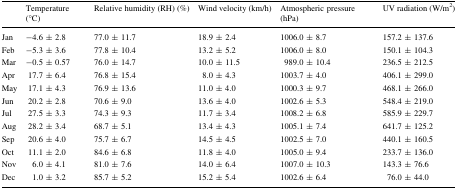
<table><thead><tr><td></td><td><b>Temperature (°C)</b></td><td><b>Relative humidity (RH) (%)</b></td><td><b>Wind velocity (km/h)</b></td><td><b>Atmospheric pressure (hPa)</b></td><td><b>UV radiation (W/m<sup>2</sup>)</b></td></tr></thead><tbody><tr><td>Jan</td><td>−4.6 ± 2.8</td><td>77.0 ± 11.7</td><td>18.9 ± 2.4</td><td>1006.0 ± 8.7</td><td>157.2 ± 137.6</td></tr><tr><td>Feb</td><td>−5.3 ± 3.6</td><td>77.8 ± 10.4</td><td>13.2 ± 5.2</td><td>1006.0 ± 8.0</td><td>150.1 ± 104.3</td></tr><tr><td>Mar</td><td>−0.5 ± 0.57</td><td>76.0 ± 14.7</td><td>10.0 ± 11.5</td><td>989.0 ± 10.4</td><td>236.5 ± 212.5</td></tr><tr><td>Apr</td><td>17.7 ± 6.4</td><td>76.8 ± 15.4</td><td>8.0 ± 4.3</td><td>1003.7 ± 4.0</td><td>406.1 ± 299.0</td></tr><tr><td>May</td><td>17.1 ± 4.3</td><td>76.9 ± 13.6</td><td>11.0 ± 4.0</td><td>1000.3 ± 9.7</td><td>468.1 ± 266.0</td></tr><tr><td>Jun</td><td>20.2 ± 2.8</td><td>70.6 ± 9.0</td><td>13.6 ± 4.0</td><td>1002.6 ± 5.3</td><td>548.4 ± 219.0</td></tr><tr><td>Jul</td><td>27.5 ± 3.3</td><td>74.3 ± 9.3</td><td>11.7 ± 3.4</td><td>1008.2 ± 6.8</td><td>585.9 ± 229.7</td></tr><tr><td>Aug</td><td>28.2 ± 3.4</td><td>68.7 ± 5.1</td><td>13.4 ± 4.3</td><td>1005.1 ± 7.4</td><td>641.7 ± 125.2</td></tr><tr><td>Sep</td><td>20.6 ± 4.0</td><td>75.7 ± 6.7</td><td>14.5 ± 4.5</td><td>1002.5 ± 7.0</td><td>440.1 ± 160.5</td></tr><tr><td>Oct</td><td>11.1 ± 2.0</td><td>84.6 ± 6.8</td><td>11.8 ± 4.0</td><td>1005.0 ± 9.4</td><td>233.7 ± 136.0</td></tr><tr><td>Nov</td><td>6.0 ± 4.1</td><td>81.0 ± 7.6</td><td>14.0 ± 6.4</td><td>1007.0 ± 10.3</td><td>143.3 ± 76.6</td></tr><tr><td>Dec</td><td> 1.0 ± 3.2</td><td>85.7 ± 5.2</td><td>15.2 ± 5.4</td><td>1002.6 ± 6.4</td><td>76.0 ± 44.0</td></tr></tbody></table>